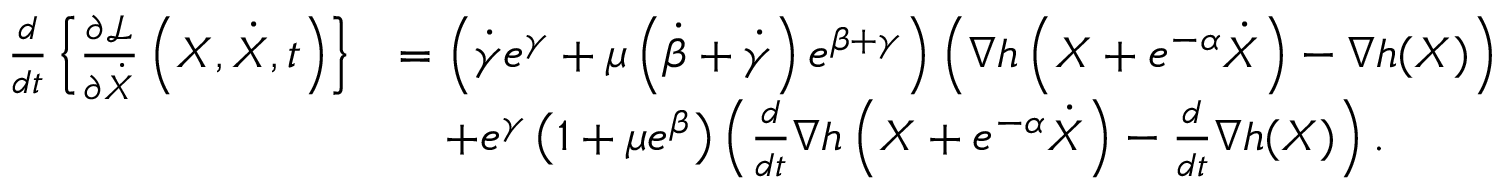
\begin{array} { r l } { \frac { d } { d t } \left\{ \frac { \partial \mathcal { L } } { \partial \dot { X } } \left( X , \dot { X } , t \right) \right\} } & { = \left( \dot { \gamma } e ^ { \gamma } + \mu \left( \dot { \beta } + \dot { \gamma } \right) e ^ { \beta + \gamma } \right) \left( \nabla h \left( X + e ^ { - \alpha } \dot { X } \right) - \nabla h ( X ) \right) } \\ & { \quad + e ^ { \gamma } \left( 1 + \mu e ^ { \beta } \right) \left( \frac { d } { d t } \nabla h \left( X + e ^ { - \alpha } \dot { X } \right) - \frac { d } { d t } \nabla h ( X ) \right) . } \end{array}